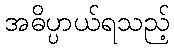
အဓိပ္ပာယ်ရသည့်